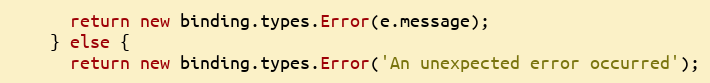
Language: JavaScript
      return new binding.types.Error(e.message);
    } else {
      return new binding.types.Error('An unexpected error occurred');